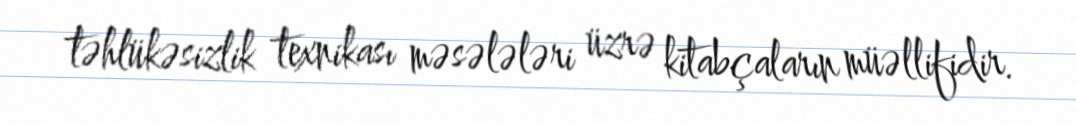
təhlükəsizlik texnikası məsələləri üzrə kitabçaların müəllifidir.